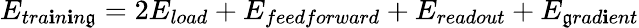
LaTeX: E_{tra\mathbf{i}n\mathbf{i}n\mathfrak{g}}=2E_{load}+E_{feedforward}+E_{readout}+E_{\mathfrak{g}rad\mathbf{i}ent}